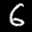
Label: 6